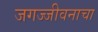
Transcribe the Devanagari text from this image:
जगज्जीवनाचा